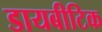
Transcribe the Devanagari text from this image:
डायबीटिक